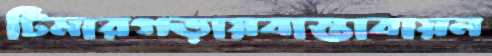
টিমারগড়ায়বাস্তাবায়ন